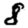
Digit: 8